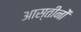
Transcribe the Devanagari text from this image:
आस्तीनों